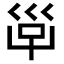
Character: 𡿹